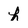
Character: h